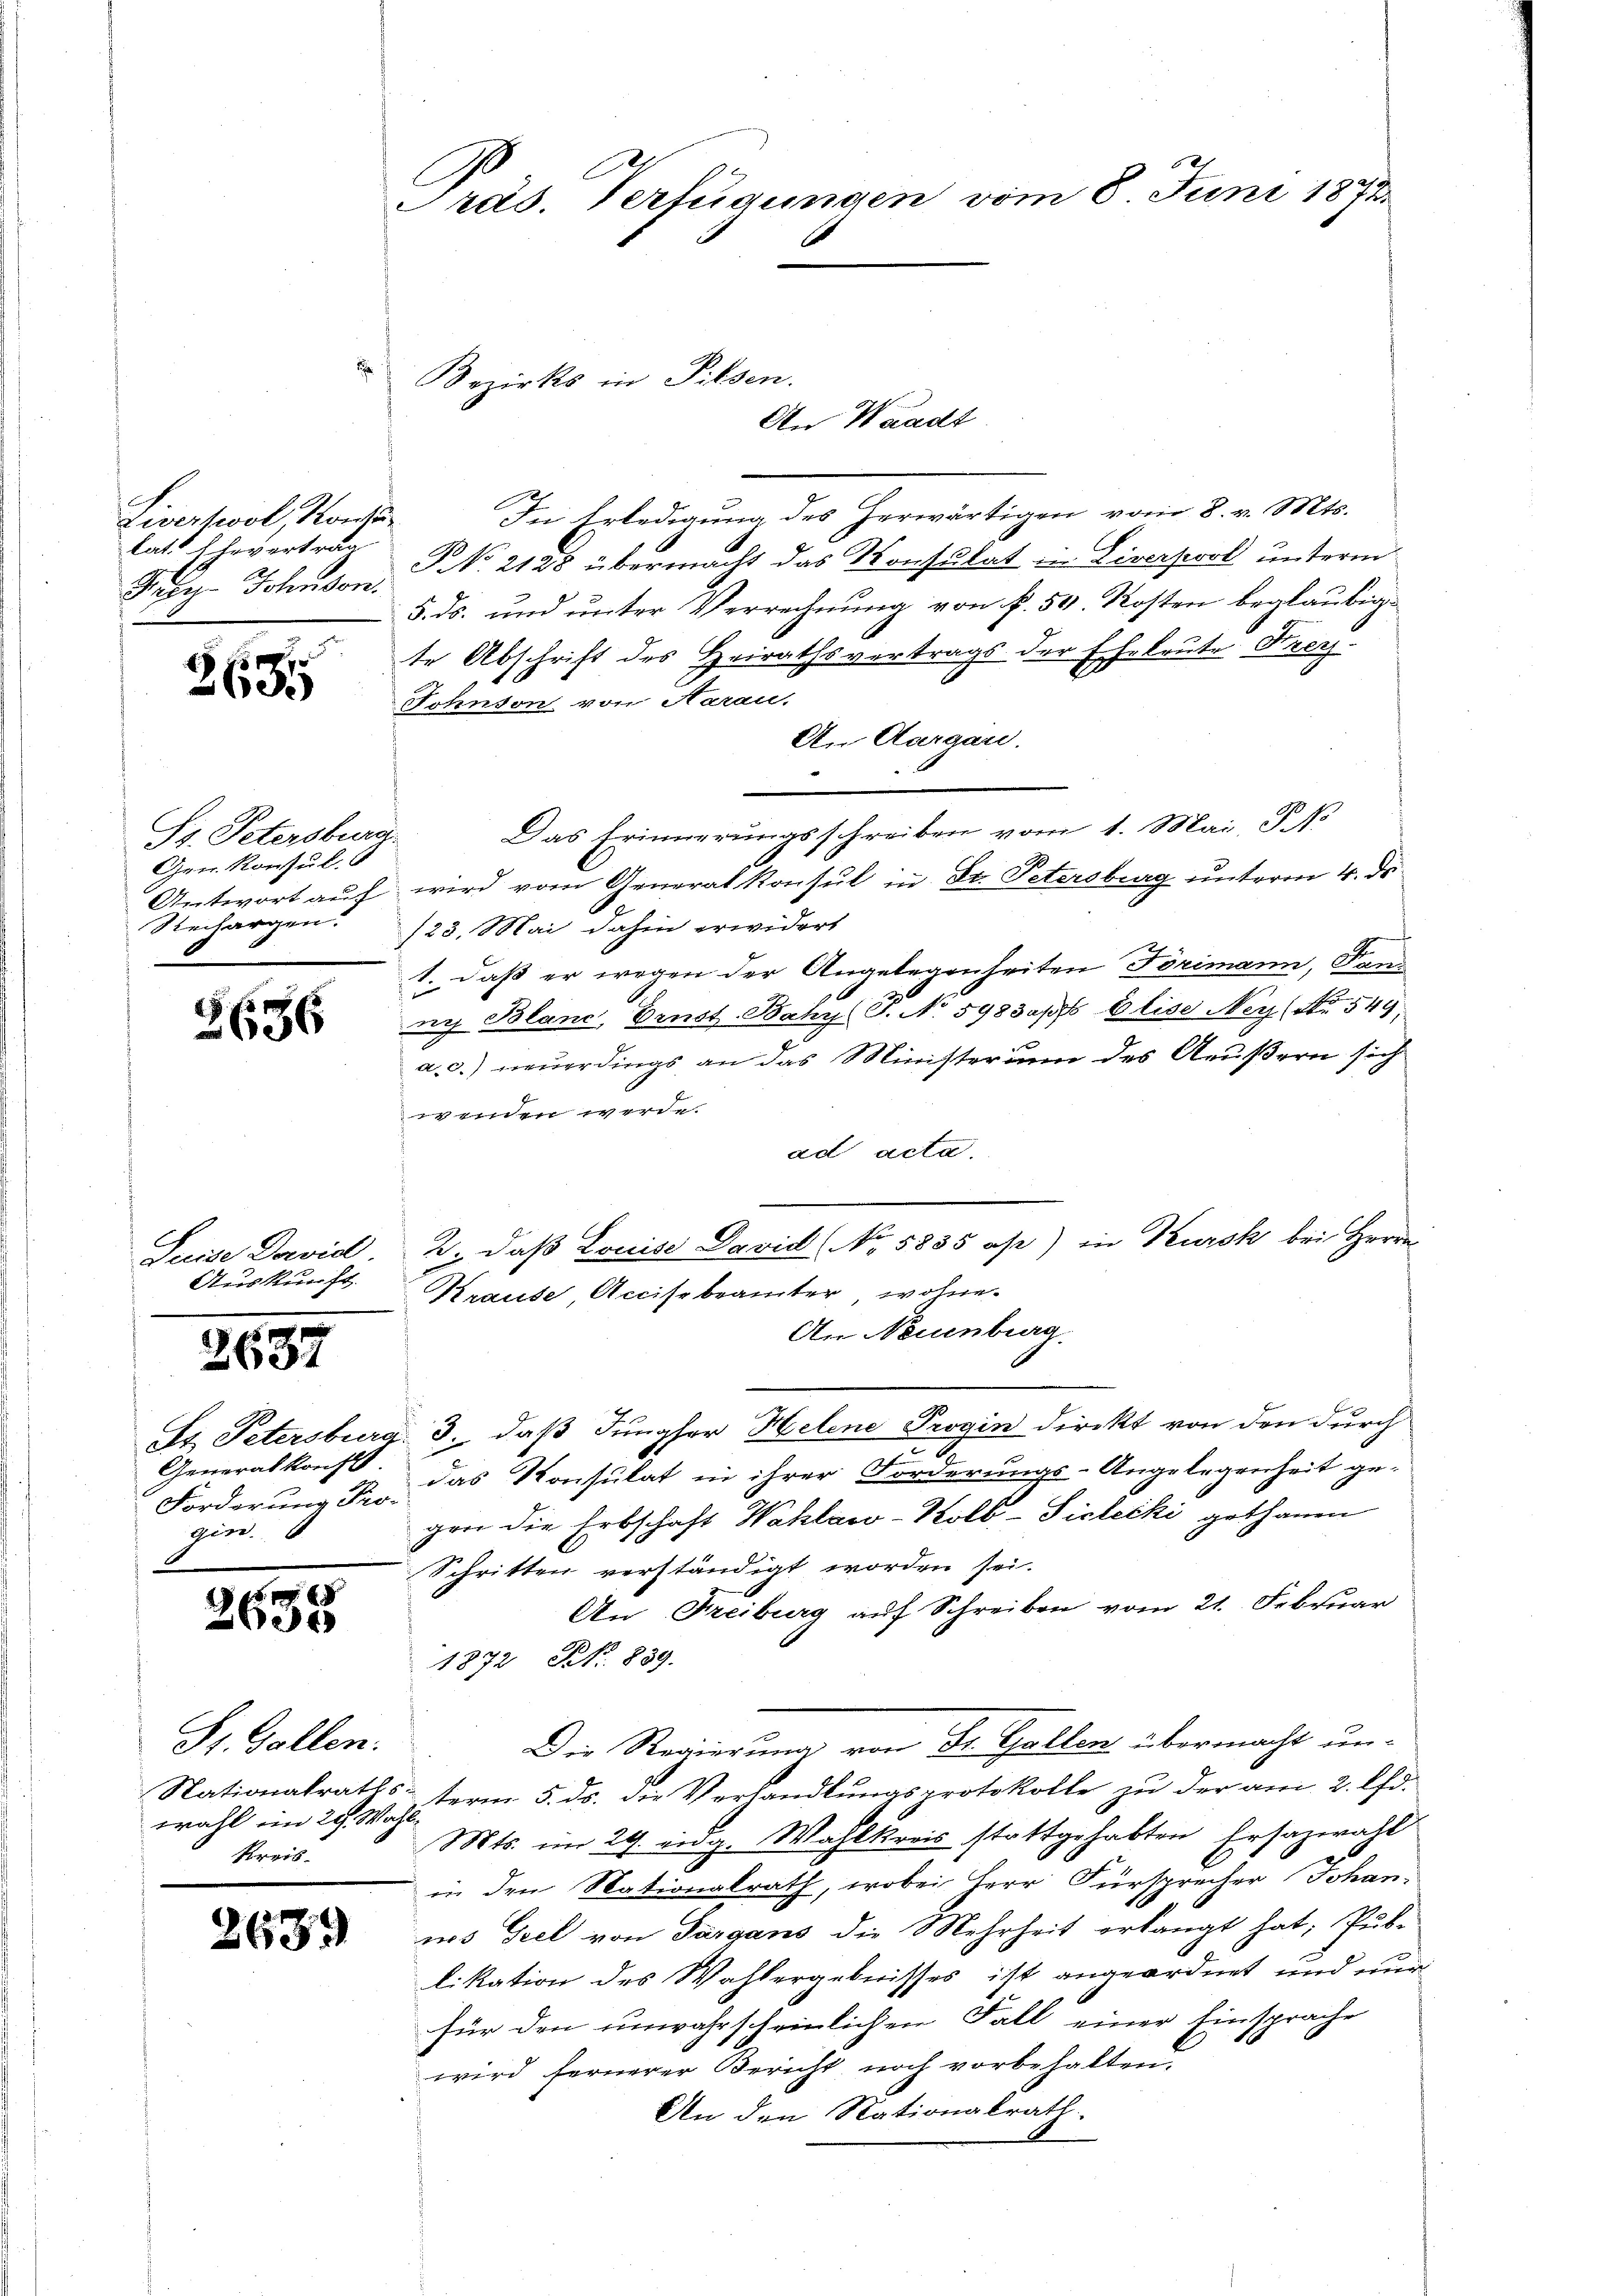
Livertool, Kong.
lat. Ehevertrag
Jus Johanson

260.

27
636

2657

Präs. Verfügungen vom 8. Juni 1873.

d

Pg. Petersburg.
Gen. Konsul
Rechargen.

Suite Dorvid
Auskunft.

2658

2639

Bezirks in Pilsen.

Generalkonft
Forderung Pro-
gin.

Hr. Gollen.
wahl im 29. Wahl.
Kreis-

An Waadt
In Erledigung des herwärtigen vom 8. v. Mts.
2
No. 2128 übermacht das Konsulat in Liverpool unterm
5. ds. und unter Verrechnung von f. 50. Kosten beglaubigte Abschrift des Heirathsvertrags der Eheleute Frey.
Johnson von Aarau,
An Aargau.
Das Erinnerungsschreiben vom 1. Mai, P. N
Antwort auf wird vom Generalkonsul in St. Petersburg unterm 4. ds.
/23. Mai dahin erwidert
1. daß er wegen der Angelegenheiten Törimann, Fand
ni Blanc, Ernst. Bahy (S. No. 598 das Elise Ney (Nr. 549.
a. c.) neuerdings an das Ministeramm des Aeußern sich
wenden werde.
ad acta.
2. daß Louise David (No 5835 as) in Kursk bei Herrn
Krause, Accisebeamter wohne.
An Neuenburg.
St. Petersburg. 3., daß Jungfer Helene Progin direkt von den durch
.
2
das Konsulat in ihrer Forderungs-Angelegenheit ge-
ger die Erbschaft Wahlaw-Kolb-Siclecki gethanen
Schritten verständigt worden sei.
An Freiburg auf Schreiben vom 21. Februar
1872 Frk. 889.
Die Regierung von Dr. Gallen übermacht un-
Nationalraths term 5. ds. die Verhandlungsprotokolle zu der am 2. Chr.
Mts. im 29. eidg. Wahlkreis stattgehabten Ersazwahl
in den Nationalrath, wobei Herr Fürsprecher Johan
wo Teel von Sargans die Mehrheit erlangt hat, Pub-
likation des Wahlergebnisses ist angeordnet und nur
für den unwahrscheinlichen Fall einer Einsprache
wird fernerer Bericht noch vorbehalten.
An den Nationalrath